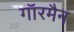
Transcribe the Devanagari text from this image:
गाॅरमैन